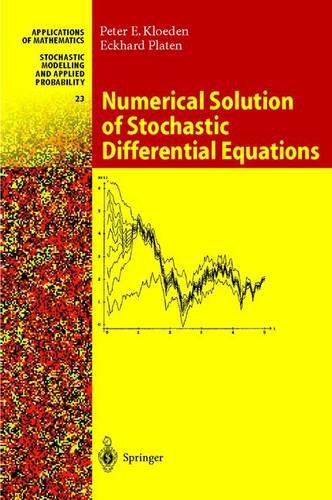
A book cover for Numerical Solution of Stochastic Differential Equations (Stochastic Modelling and Applied Probability); Peter E. Kloeden; Science & Math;